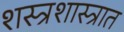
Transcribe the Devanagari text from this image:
शस्त्रशास्त्रात